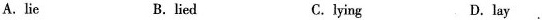
A. lie B. lied C.lying D.lay .